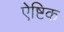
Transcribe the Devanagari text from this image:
ऐष्टिक